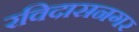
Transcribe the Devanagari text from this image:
रविदासनगर